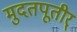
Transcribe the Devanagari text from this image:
मुदतपूतीर्